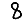
Digit: 8